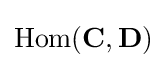
\mathrm {Hom} (\mathbf {C} ,\mathbf {D} )